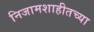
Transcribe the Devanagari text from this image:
निजामशाहीतच्या